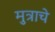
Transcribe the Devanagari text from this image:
मुत्राचे